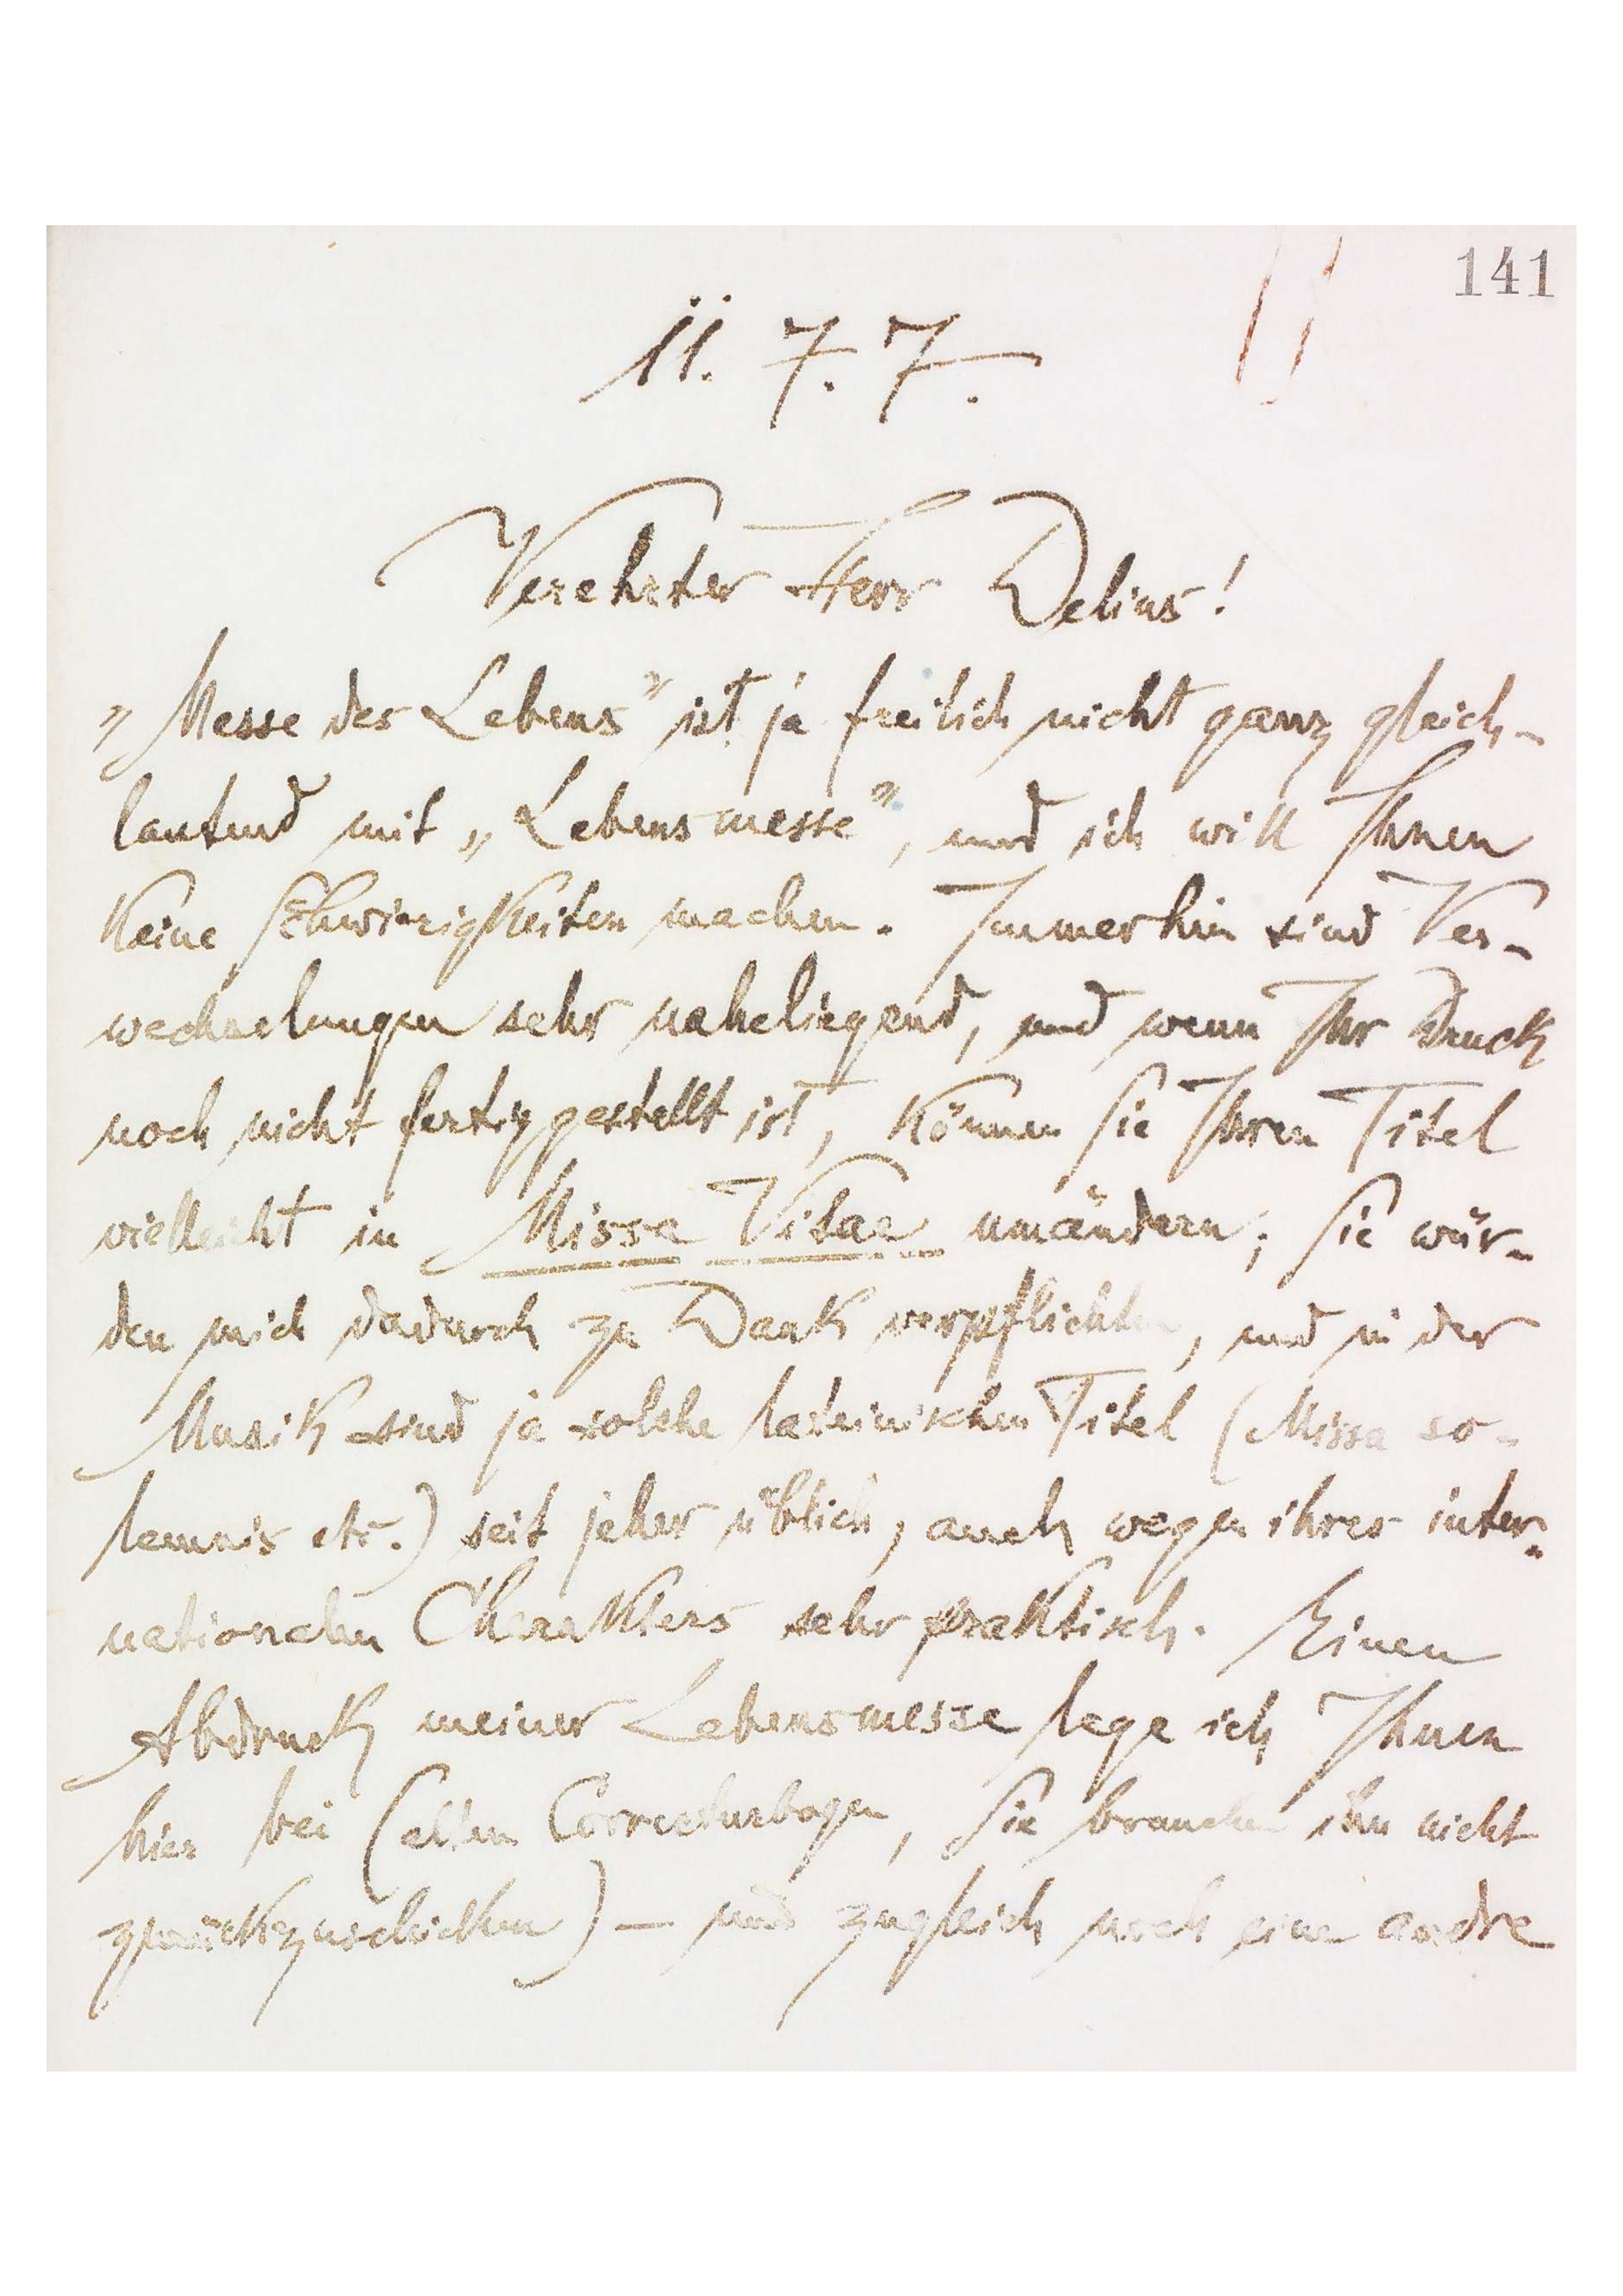
141
11.7.7
Verehrter Herr Delius!
„Messe des Lebens‟ ist ja freilich nicht ganz gleich-
lautend mit „Lebensmesse‟, und ich will Ihnen
keine Schwierigkeiten machen. Immerhin sind Ver-
wechslungen sehr naheliegend, und wenn Ihr Druck
noch nicht fertig gestellt ist, können Sie Ihren Titel
vielleicht in Missa Vitae umändern, Sie wär-
den mich dadurch zu Dank verpflichten, und wider
Musik sind ja solche tastenreichen Titel (Missa so
 etc.) seit jeher üblich, auch wegen ihrer juten
nationalen Cherattlers sehr pünktlich. Meinen
Abdruck meiner Lebensmesse lege ich Ihnen
hier bei (alten Correcturbogen, Sie brauchen ihn nicht
zurückzuschicken) - uns zugleich auch eine erste